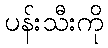
ပန်းသီးကို